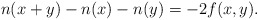
\begin{align*}n(x+y) - n(x) - n(y) = -2f(x,y).\end{align*}